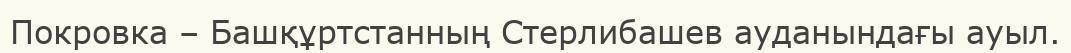
Покровка – Башқұртстанның Стерлибашев ауданындағы ауыл.